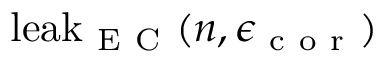
\mathrm { l e a k } _ { \mathrm { ~ E ~ C ~ } } ( n , \epsilon _ { \mathrm { ~ c ~ o ~ r ~ } } )